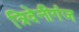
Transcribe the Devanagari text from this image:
त्रिवेनीगंज